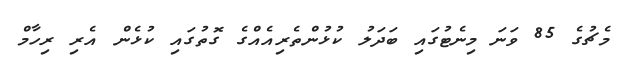
މެޗުގެ 85 ވަނަ މިނެޓުގައި ބަދަލު ކުޅުންތެރިއެއްގެ ގޮތުގައި ކުޅެން އެރި ރިހާމް